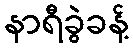
နာရီခွဲခန့်